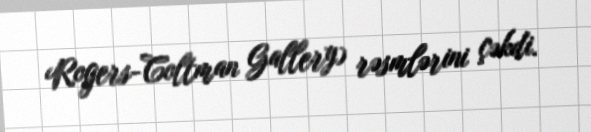
Rogers-Coltman Gallery) rəsmlərini çəkdi.